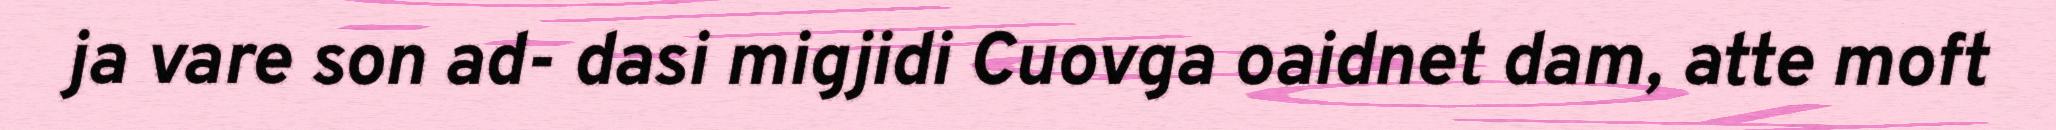
ja vare son ad- dasi migjidi Cuovga oaidnet dam, atte moft